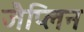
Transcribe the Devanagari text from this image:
जैप्लिन